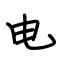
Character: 电